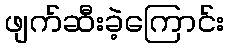
ဖျက်ဆီးခဲ့ကြောင်း